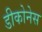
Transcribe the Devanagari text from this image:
डीकोनेस